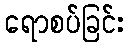
ရောစပ်ခြင်း